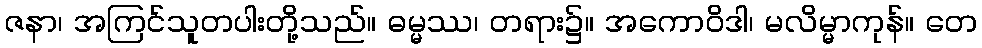
ဇနာ၊ အကြင်သူတပါးတို့သည်။ ဓမ္မဿ၊ တရား၌။ အကောဝိဒါ၊ မလိမ္မာကုန်။ တေ